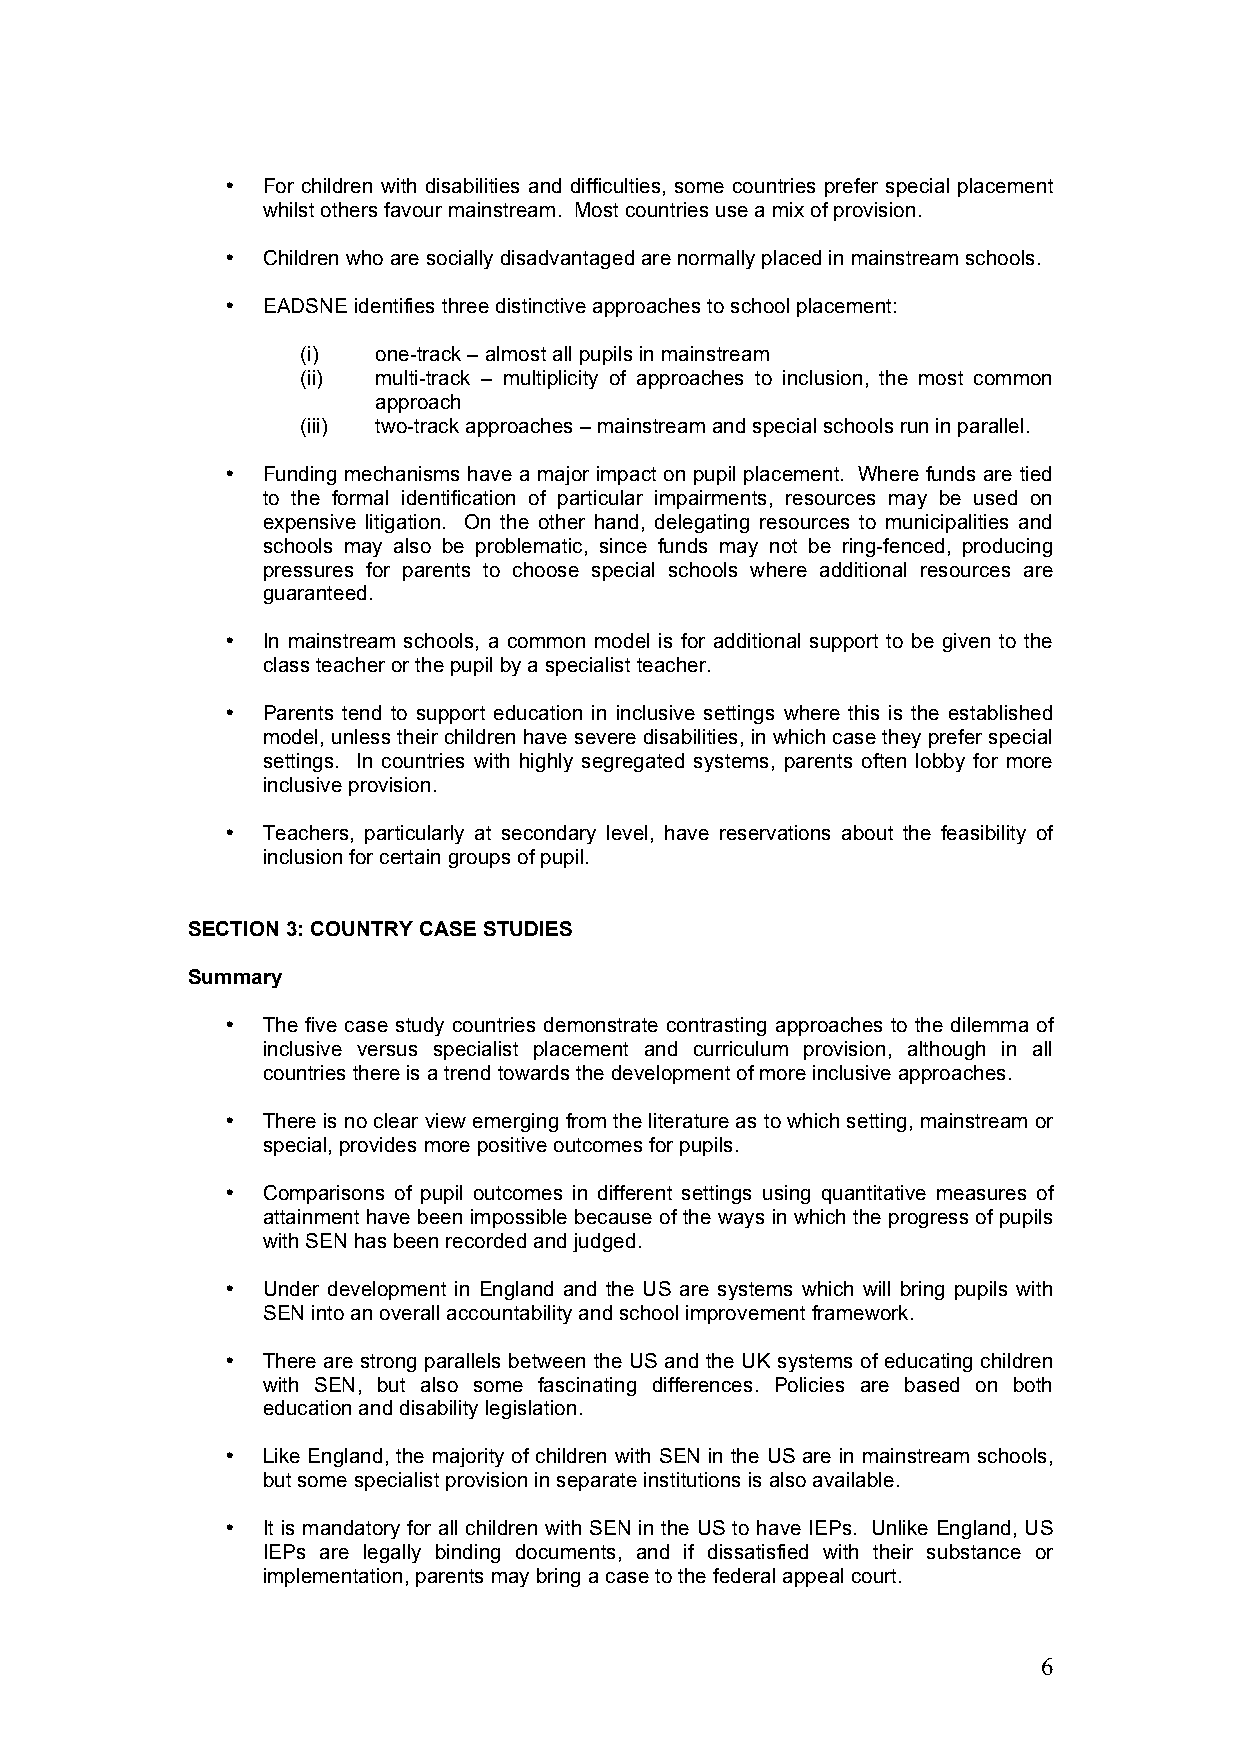
• For children with disabilities and difficulties, some countries prefer special placement
 whilst others favour mainstream. Most countries use a mix of provision.
 • Children who are socially disadvantaged are normally placed in mainstream schools.
 • EADSNE identifies three distinctive approaches to school placement:
 (i)  one-track – almost all pupils in mainstream
 (ii) multi-track – multiplicity of approaches to inclusion, the most common
 approach
 (iii) two-track approaches – mainstream and special schools run in parallel.
 • Funding mechanisms have a major impact on pupil placement. Where funds are tied
 to the formal identification of particular impairments, resources may be used on
 expensive litigation. On the other hand, delegating resources to municipalities and
 schools may also be problematic, since funds may not be ring-fenced, producing
 pressures for parents to choose special schools where additional resources are
 guaranteed.
 • In mainstream schools, a common model is for additional support to be given to the
 class teacher or the pupil by a specialist teacher.
 • Parents tend to support education in inclusive settings where this is the established
 model, unless their children have severe disabilities, in which case they prefer special
 settings. In countries with highly segregated systems, parents often lobby for more
 inclusive provision.
 • Teachers, particularly at secondary level, have reservations about the feasibility of
 inclusion for certain groups of pupil.
 SECTION 3: COUNTRY CASE STUDIES
 Summary
 • The five case study countries demonstrate contrasting approaches to the dilemma of
 inclusive versus specialist placement and curriculum provision, although in all
 countries there is a trend towards the development of more inclusive approaches.
 • There is no clear view emerging from the literature as to which setting, mainstream or
 special, provides more positive outcomes for pupils.
 • Comparisons of pupil outcomes in different settings using quantitative measures of
 attainment have been impossible because of the ways in which the progress of pupils
 with SEN has been recorded and judged.
 • Under development in England and the US are systems which will bring pupils with
 SEN into an overall accountability and school improvement framework.
 • There are strong parallels between the US and the UK systems of educating children
 with SEN, but also some fascinating differences. Policies are based on both
 education and disability legislation.
 • Like England, the majority of children with SEN in the US are in mainstream schools,
 but some specialist provision in separate institutions is also available.
 • It is mandatory for all children with SEN in the US to have IEPs. Unlike England, US
 IEPs are legally binding documents, and if dissatisfied with their substance or
 implementation, parents may bring a case to the federal appeal court.
 6